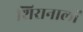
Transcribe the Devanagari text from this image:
शिरानालों